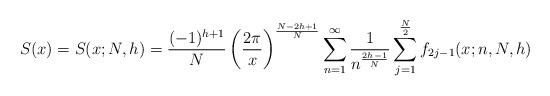
LaTeX: \begin{align*}S(x)=S(x;N,h)=\frac{(-1)^{h+1}}{N}\left(\frac{2\pi}{x}\right)^{\frac{N-2h+1}{N}}\sum_{n=1}^{\infty}\frac{1}{n^{\frac{2h-1}{N}}}\sum_{j=1}^{\frac{N}{2}}f_{2j-1}(x;n,N,h)\end{align*}